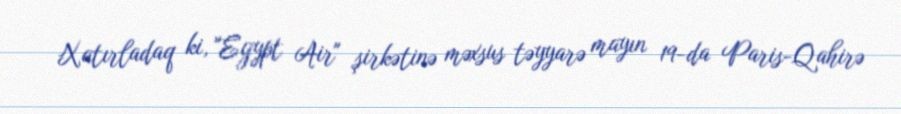
Xatırladaq ki, "Egypt Air" şirkətinə məxsus təyyarə mayın 19-da Paris-Qahirə